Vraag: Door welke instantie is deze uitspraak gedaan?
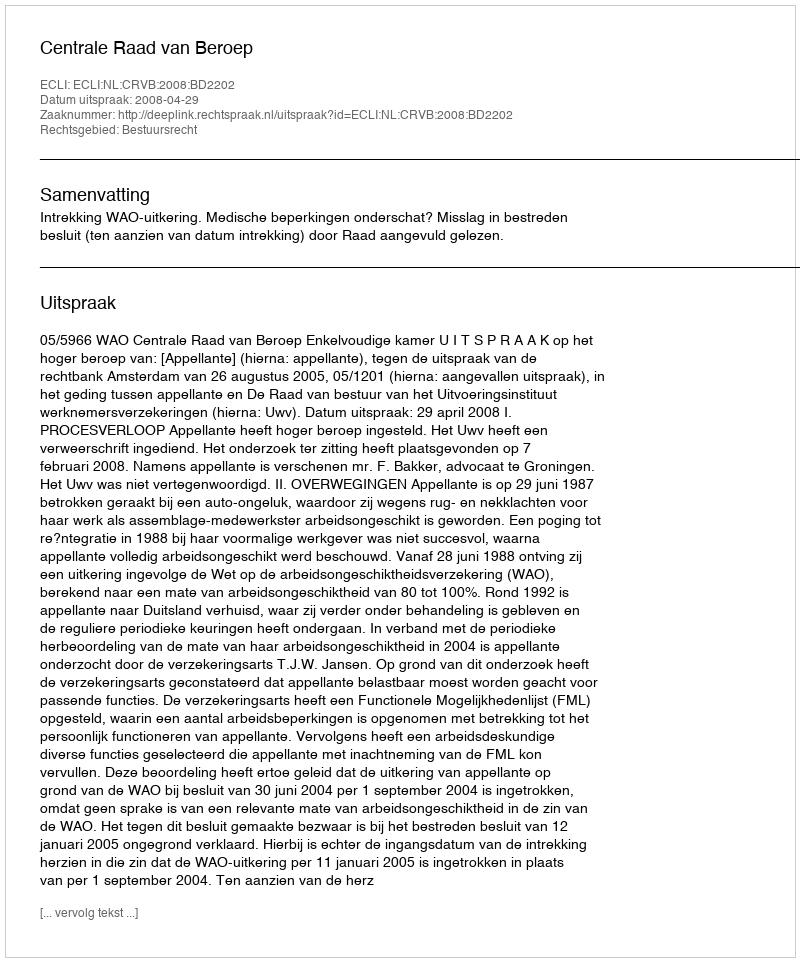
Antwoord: Centrale Raad van Beroep